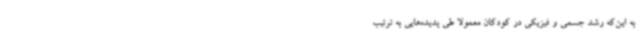
به این‌که رشد جسمی و فیزیکی در کودکان معمولاً طی پدیده‌هایی به ترتیب